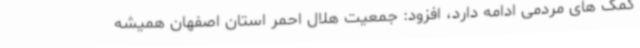
کمک های مردمی ادامه دارد، افزود: جمعیت هلال احمر استان اصفهان همیشه